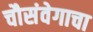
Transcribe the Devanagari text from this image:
चौसंवेगाचा